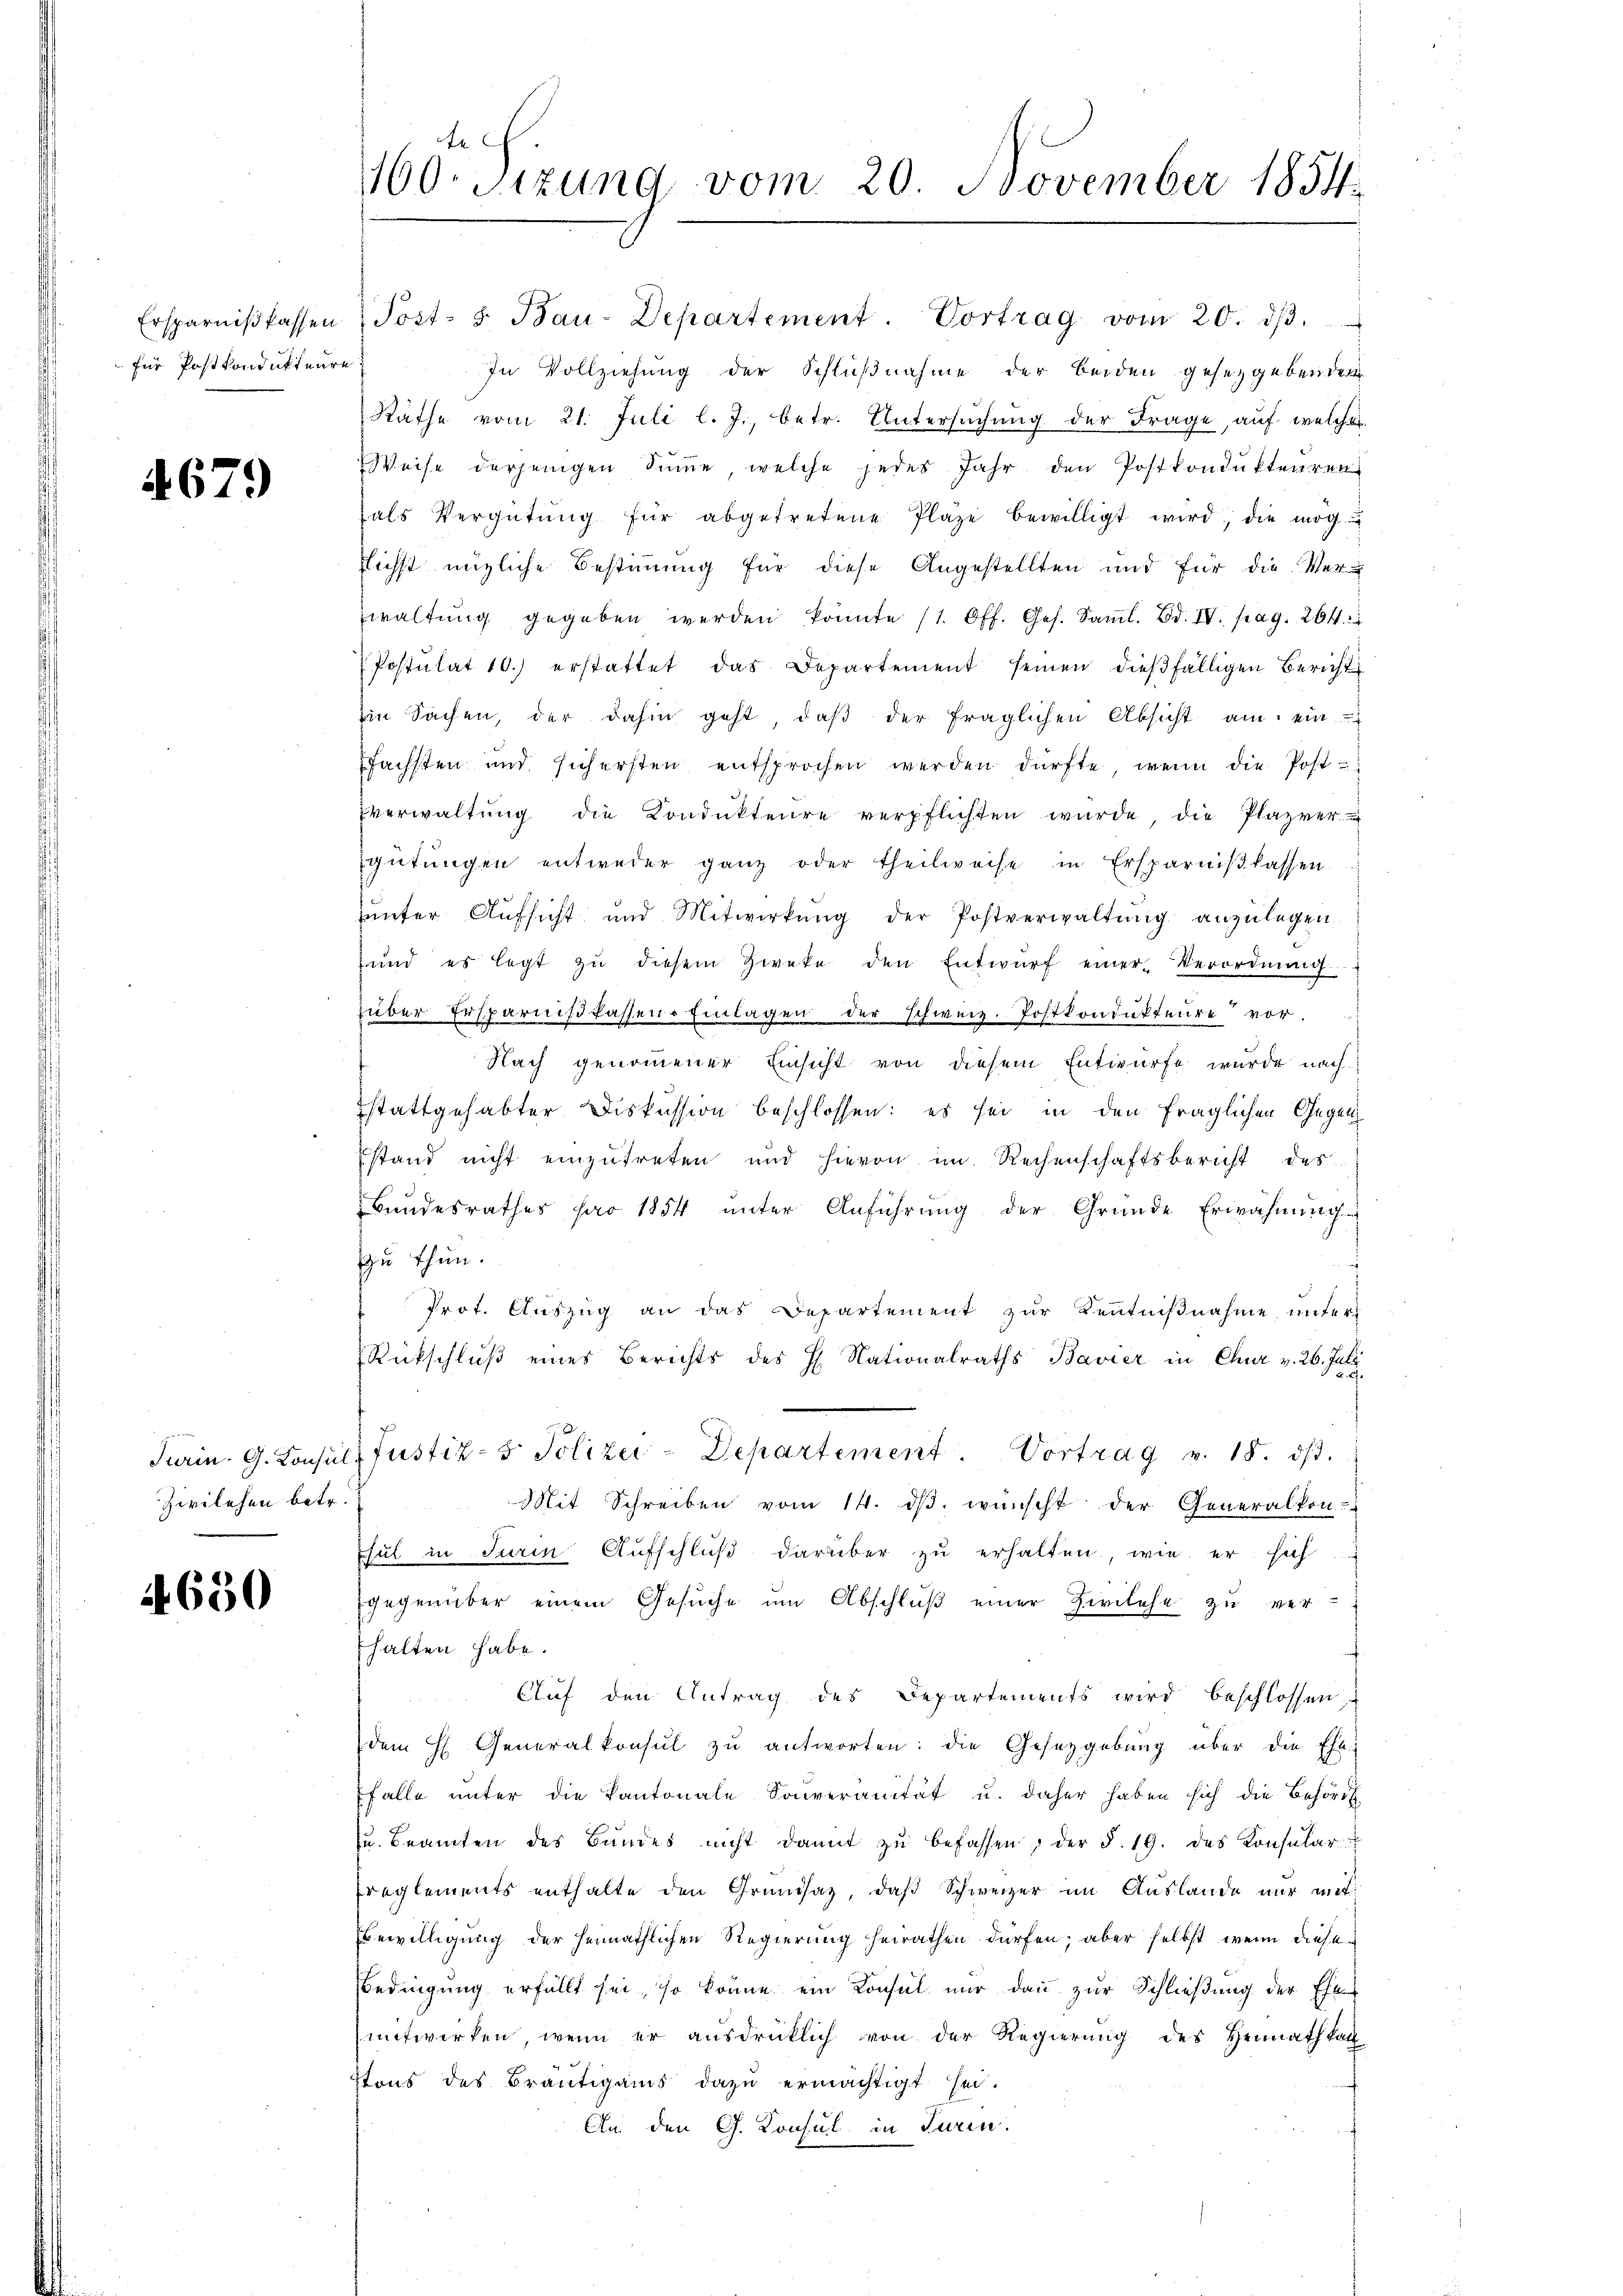
für Postkondukteure

4679

Zivilehen betr.

4650

Ersparniβ fassen Post- & Bau-Departement. Vortrag vom 20. dβ.
In Vollziehung der Schlußnahme der beiden gesetzgebenden
Räthe vom 21. Juli l. J., betr. Untersuchung der Frage, auf welcher
Weise derjenigen Sŭṁe, welche jedes Jahr den Postkondŭkteuren
als Vergütŭng für abgetretene Plaze bewilligt wird, die mög
flichst mögliche Bestimmung für diese Angestellten und für die Ver-
waltŭng gegeben werden könnte (1. Off. Ges. Saml. Bd. IV. pag. 264.
Postulat 10. erstattet das Departement seinen dießfälligen Bericht
Ein Sachen, der dahin geht, daβ der fraglichen Absicht am ein
fächsten und sichersten entsprochen werden dürfte, wenn die Post-
verwaltung die Kondukteure verpflichten wurde, die Plazvergütŭngen entweder ganz oder theilweise in Ersparniβlassen
unter Aufsicht und Mitwirkŭng der Postverwaltŭng anzulegen
und es legt zŭ diesem Zweke den Entwŭrf einer Verordnŭng.
über Ersparniβ fassen Einlagen der schweiz. Postkondukteure vor.
Nach genommener Einsicht von diesem Entwurfe wurde nach
stattgehabter Diskussion beschlossen: es sei in den fraglichen Gegenstand nicht einzutreten und hievon im Rechenschaftsbericht des
Bŭndesrathes pro 1854 ŭnter Anführŭng der Gründe Erwähnŭng
zu thun.
Prot. Auszug an das Departement zur Kenntniβnahme, unter-
Rückschluß eines Berichts des H. Nationalraths Bavier in Chur v. 26. Juli
Turin. G. Consuls Justiz- & Polizei-Departement. Vortrag v. 18. ds.
Mit Schreiben vom 14. dβ. wünscht der Generalkon-
Thut in Turin Aufschluß darüber zu erhalten, wie er sich
gegenüber einem Gesŭche ŭm Abschlŭβ einer Zivilehe zu ver-
halten habe.
Aŭf den Antrag des Departements wird beschlossen,
dem H. Generalkonsŭl zŭ antworten: die Gesetzgebung über die Ehe-
falle unter die Kantonale Souveranität u. daher haben sich die Behörd
zŭ. Beamten des Bŭndes nicht damit zŭ befassen, der §. 19. des Konsŭlar
reglements enthalte den Grundsaz, daß Schweizer im Auslande nur mit
Bewilligung der heimathlichen Regierung heirathen dürfen; aber selbst, wenn diese
Bedingung erfüllt sei, so könne ein Konsul nur dann zur Schließung der Ehe
mitwirken, wenn er aŭsdrücklich von der Regierŭng des Heimath kat
Ptons des Bräutigams dazu ermächtigt sei.
An den G. Konsul in Turin.

te
100. Sizung vom 20. November 1854.